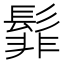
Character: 𮫊